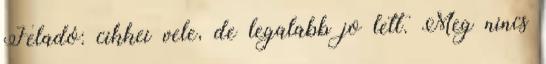
Feladó: cikkei vele, de legalabb jo lett. Meg nincs